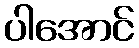
ပါအောင်